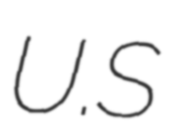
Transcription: U.S